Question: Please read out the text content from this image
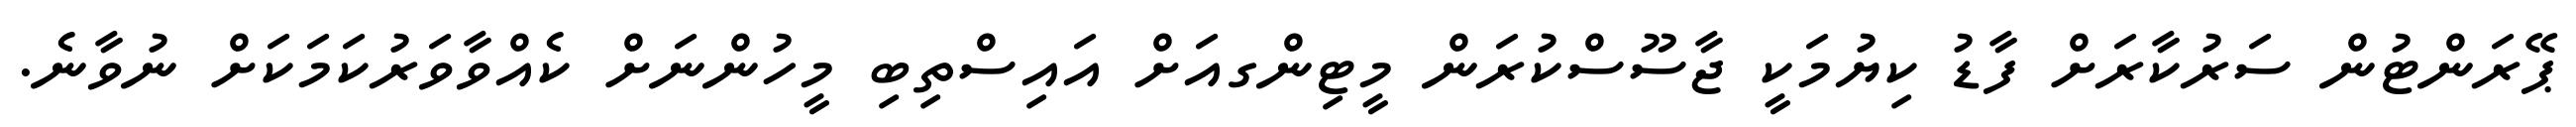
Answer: ޕޭރަންޓުން ސަރުކާރަށް ފާޑު ކިޔުމަކީ ޖާސޫސްކުރަން މީޓިންގއަށް އައިސްތިބި މީހުންނަށް ކެއްވާވަރުކަމަކަށް ނުވާނެ.